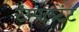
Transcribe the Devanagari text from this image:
टेंम्पलटेंट